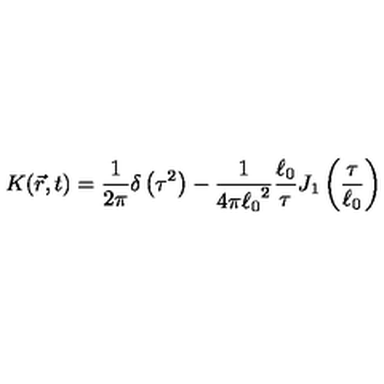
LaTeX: K ( \vec { r } , t ) = \frac { 1 } { 2 \pi } \delta \left( \tau ^ { 2 } \right) - \frac { 1 } { 4 \pi { \ell _ { 0 } } ^ { 2 } } \frac { \ell _ { 0 } } { \tau } J _ { 1 } \left( \frac { \tau } { \ell _ { 0 } } \right)